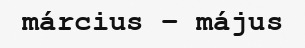
március – május